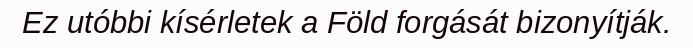
Ez utóbbi kísérletek a Föld forgását bizonyítják.